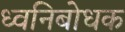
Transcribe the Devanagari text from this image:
ध्वनिबोधक